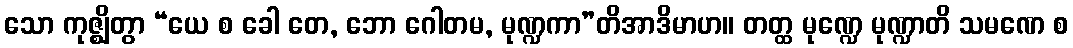
သော ကုဇ္ဈိတွာ “ယေ စ ခေါ တေ, ဘော ဂေါတမ, မုဏ္ဍကာ”တိအာဒိမာဟ။ တတ္ထ မုဏ္ဍေ မုဏ္ဍာတိ သမဏေ စ